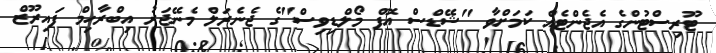
ޓޫރިސްޓުންގެ އެޖެންޓެއް ކަމަށްވާ "ޝޭޑްސް އޮފް މޯލްޑިވިސް"ގެ ޖެނެރަލް މެނޭޖަރު އިބްރާހިމް ފައިރޫޒް